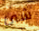
شئ